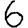
Digit: 6